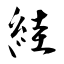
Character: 絓